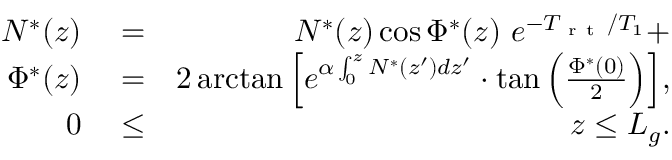
\begin{array} { r l r } { N ^ { * } ( z ) } & { { } = } & { N ^ { * } ( z ) \cos \Phi ^ { * } ( z ) \ e ^ { - T _ { \mathrm { ~ r ~ t ~ } } / T _ { 1 } } + } \\ { \Phi ^ { * } ( z ) } & { { } = } & { 2 \arctan \Big [ e ^ { \alpha \int _ { 0 } ^ { z } N ^ { * } ( z ^ { \prime } ) d z ^ { \prime } } \cdot \tan \Big ( \frac { \Phi ^ { * } ( 0 ) } { 2 } \Big ) \Big ] , } \\ { 0 } & { { } \le } & { z \le L _ { g } . } \end{array}